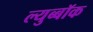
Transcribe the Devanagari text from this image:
ल्युब्बॉक